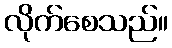
လိုက်စေသည်။